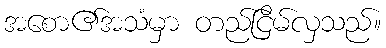
အစော၏အသံမှာ တည်ငြိမ်လှသည်။